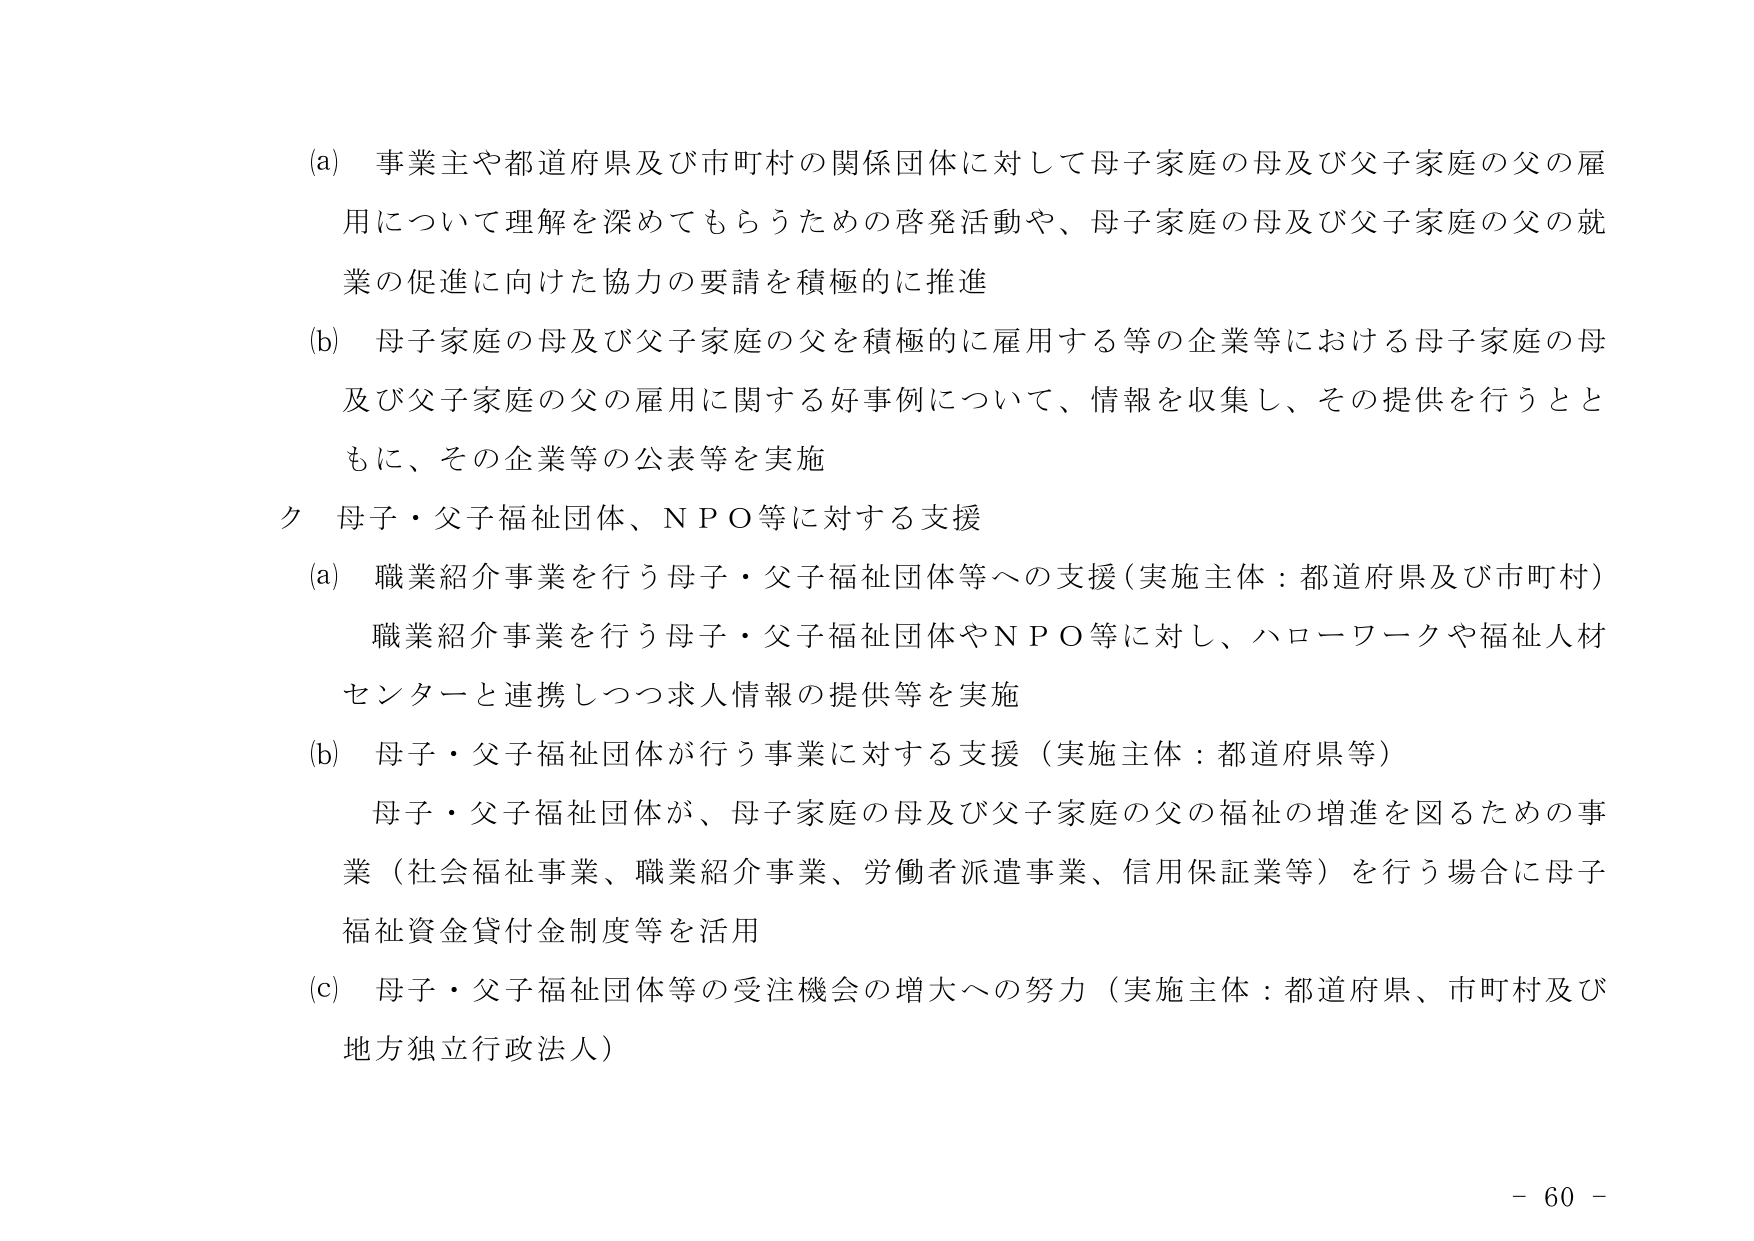
(a) 事業主や都道府県及び市町村の関係団体に対して母子家庭の母及び父子家庭の父の雇用について理解を深めてもらうための啓発活動や、母子家庭の母及び父子家庭の父の就業の促進に向けた協力の要請を積極的に推進

(b) 母子家庭の母及び父子家庭の父を積極的に雇用する等の企業等における母子家庭の母及び父子家庭の父の雇用に関する好事例について、情報を収集し、その提供を行うとともに、その企業等の公表等を実施

ク 母子・父子福祉団体、ＮＰＯ等に対する支援

(a) 職業紹介事業を行う母子・父子福祉団体等への支援（実施主体：都道府県及び市町村）
職業紹介事業を行う母子・父子福祉団体やＮＰＯ等に対し、ハローワークや福祉人材センターと連携しつつ求人情報の提供等を実施

(b) 母子・父子福祉団体が行う事業に対する支援（実施主体：都道府県等）
母子・父子福祉団体が、母子家庭の母及び父子家庭の父の福祉の増進を図るための事業（社会福祉事業、職業紹介事業、労働者派遣事業、信用保証業等）を行う場合に母子福祉資金貸付金制度等を活用

(c) 母子・父子福祉団体等の受注機会の増大への努力（実施主体：都道府県、市町村及び地方独立行政法人）

- 60 -